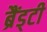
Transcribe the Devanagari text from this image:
ब्रैंड्टी